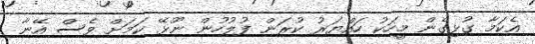
އެކަމާ ގުޅިގެން މީހަކު ހައްޔަރު ކުރަން ފުލުހުން ނޫޅޭ ކަމަށް ވެސް އޭނާ